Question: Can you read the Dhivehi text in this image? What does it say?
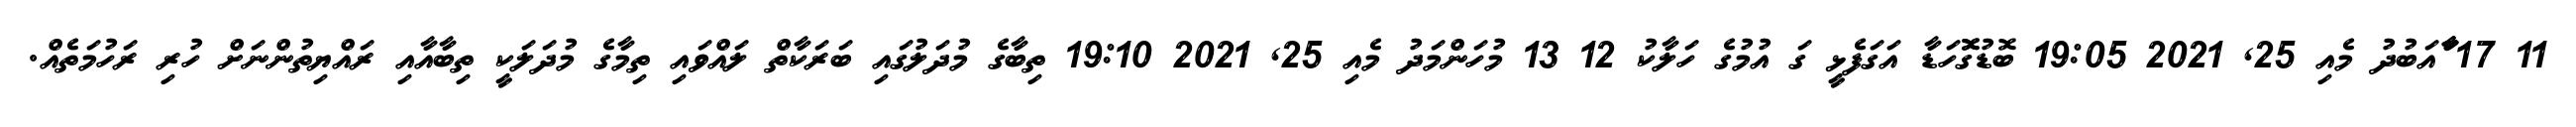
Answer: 11 17 ާަާައަބުދު މެއި 25, 2021 19:05 ބޮޑުގޮޮހަޑާ އަގަފެޅީ ގަ އުމުގެ ހަލާކު 12 13 މުހަންމަދު މެއި 25, 2021 19:10 ތިބާގެ މުދަލުގައި ބަރަކާތް ލައްވައި ތިމާގެ މުދަލަކީ ތިބާއާއި ރައްޔިތުންނަށް ހުރި ރަހުމަތެއް.